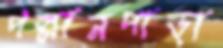
পল্লানপাড়া